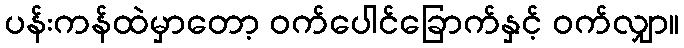
ပန်းကန်ထဲမှာတော့ ဝက်ပေါင်ခြောက်နှင့် ဝက်လျှာ။